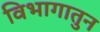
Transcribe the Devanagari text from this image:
विभागातुन